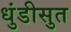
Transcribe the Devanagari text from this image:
धुंडीसुत